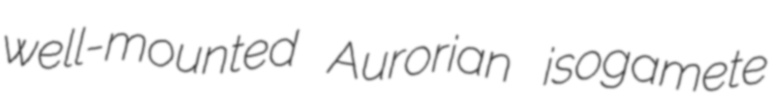
well-mounted Aurorian isogamete